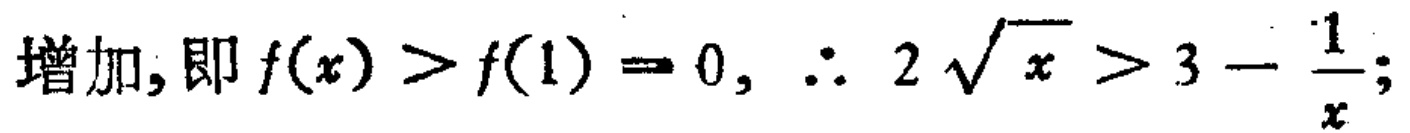
增加, 即 \(f(x)>f(1)= 0,\therefore 2\sqrt{x}>3-\frac{1}{x};\)